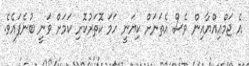
އެ ޖަމްޢިއްޔާއިން ވެސް އެތަނަށް ކިޔަނީ ހަމަ ކޮތަރުކޮށި ކަމަށް ވަނީ ބުނެފައެވެ.